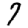
Digit: 7